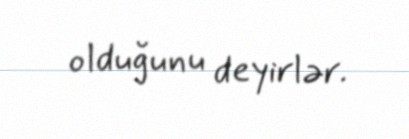
olduğunu deyirlər.